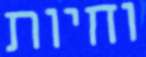
וחיות